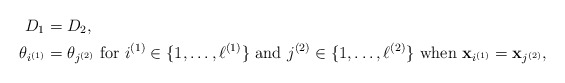
\begin{align*} D_1&=D_2, \\ \theta_{i^{(1)}}&=\theta_{j^{(2)}} \ \mbox{for} \ i^{(1)} \in \{1,\ldots,\ell^{(1)}\}\ \mbox{and} \ j^{(2)}\in \{1,\ldots,\ell^{(2)}\}\ \mbox{when} \ \mathbf x_{i^{(1)}}=\mathbf x_{j^{(2)}}, \end{align*}